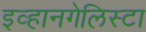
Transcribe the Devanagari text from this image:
इव्हानगेलिस्टा